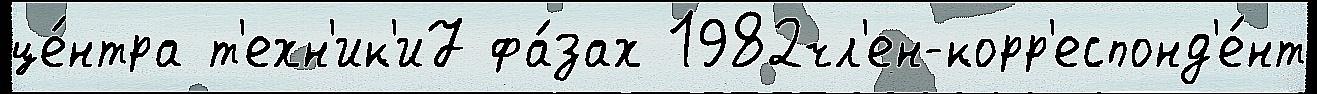
це́нтра т'ехн'ик'и7 фа́зах 1982чл'ен-корр'еспонд'е́нт